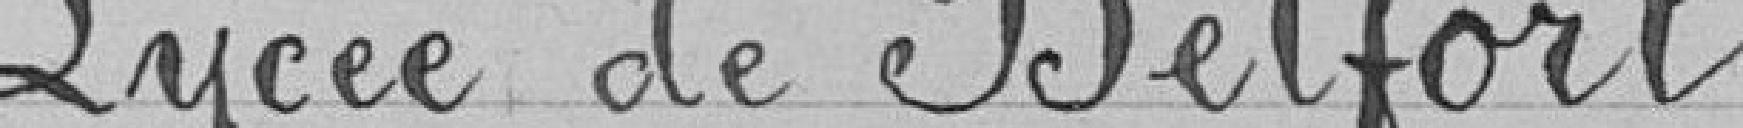
Lycée de Belfort